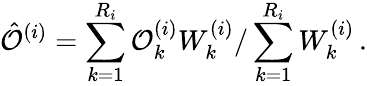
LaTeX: \hat{\mathcal{O}}^{(i)}=\sum_{k=1}^{R_{i}}\mathcal{O}_{k}^{(i)}W_{k}^{(i)}/\sum_{k=1}^{R_{i}}W_{k}^{(i)}\, .